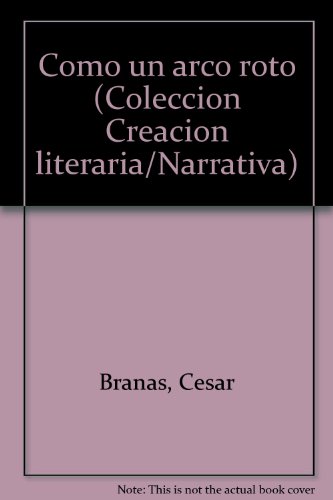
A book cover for Como un arco roto (Coleccion Creacion literaria/Narrativa) (Spanish Edition); Cesar Branas; Travel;